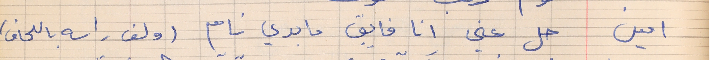
امين     حل عني انا فايق ما بدي نام (ولف راسه باللحاف)